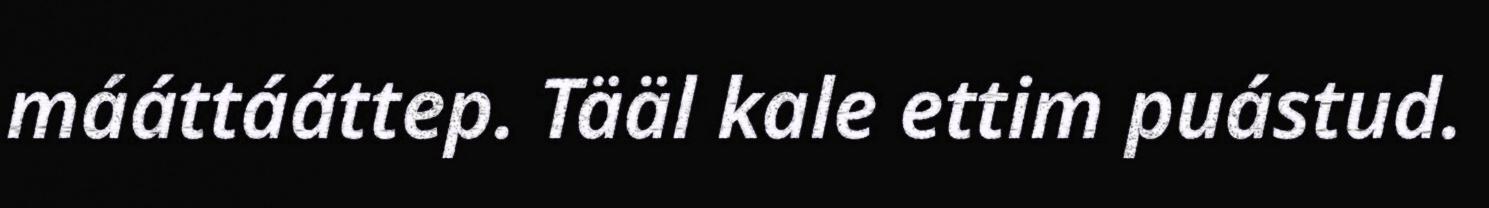
mááttááttep. Tääl kale ettim puástud.